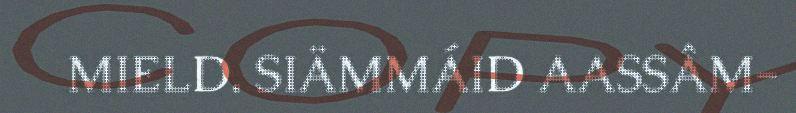
MIELD. SIÄMMÁID AASSÂM-